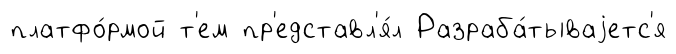
платфо́рмой т'ем пр'едставл'я́л Разраба́тываjетс'я